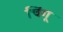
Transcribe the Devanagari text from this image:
चिंगू